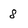
Character: 8